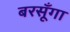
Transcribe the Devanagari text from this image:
बरसूँगा